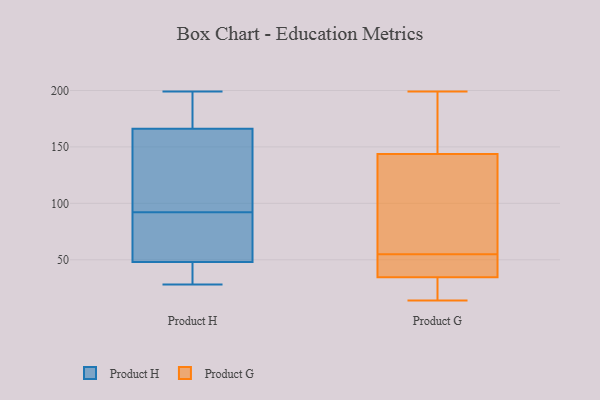
{"axis": {"x": "Shipments", "y": "Value"}, "legend": ["Product G", "Product H"], "data": [{"x": "", "y": 199, "type": "Product H"}, {"x": "", "y": 188, "type": "Product H"}, {"x": "", "y": 54, "type": "Product H"}, {"x": "", "y": 100, "type": "Product H"}, {"x": "", "y": 75, "type": "Product H"}, {"x": "", "y": 154, "type": "Product H"}, {"x": "", "y": 148, "type": "Product H"}, {"x": "", "y": 28, "type": "Product H"}, {"x": "", "y": 42, "type": "Product H"}, {"x": "", "y": 84, "type": "Product H"}, {"x": "", "y": 178, "type": "Product H"}, {"x": "", "y": 34, "type": "Product H"}, {"x": "", "y": 38, "type": "Product G"}, {"x": "", "y": 55, "type": "Product G"}, {"x": "", "y": 14, "type": "Product G"}, {"x": "", "y": 149, "type": "Product G"}, {"x": "", "y": 30, "type": "Product G"}, {"x": "", "y": 184, "type": "Product G"}, {"x": "", "y": 39, "type": "Product G"}, {"x": "", "y": 99, "type": "Product G"}, {"x": "", "y": 19, "type": "Product G"}, {"x": "", "y": 142, "type": "Product G"}, {"x": "", "y": 36, "type": "Product G"}, {"x": "", "y": 16, "type": "Product G"}, {"x": "", "y": 199, "type": "Product G"}, {"x": "", "y": 128, "type": "Product G"}, {"x": "", "y": 44, "type": "Product G"}, {"x": "", "y": 159, "type": "Product G"}, {"x": "", "y": 91, "type": "Product G"}]}